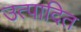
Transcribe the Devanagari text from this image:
उत्पादित